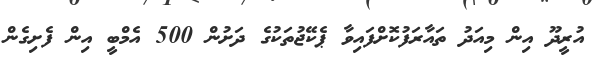
އުރީދޫ އިން މިއަދު ތައާރަފުކޮށްފައިވާ ޕެކޭޖުތަކުގެ ދަށުން 500 އެމްބީ އިން ފެށިގެން